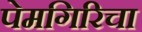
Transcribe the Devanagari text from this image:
पेमगिरिचा